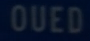
OUED